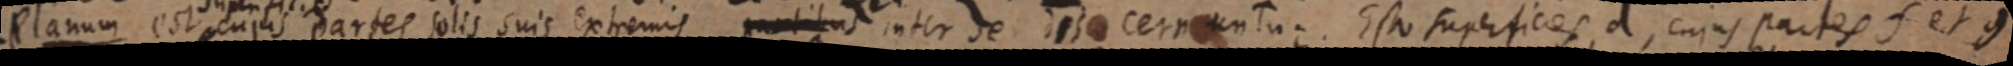
Planum est cujus partes solis suis extremis _tibus inter se d _ s cernuntur. Est superficies d, cujus partes f et g